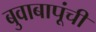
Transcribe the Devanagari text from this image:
बुवाबापूंची